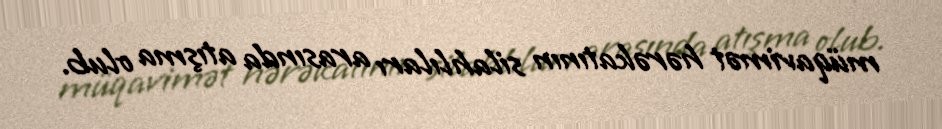
müqavimət hərəkatının silahlıları arasında atışma olub.